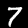
Label: 7